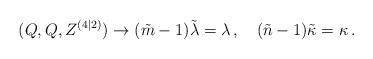
LaTeX: \begin{align*}(Q,Q,Z^{(4|2)}) \rightarrow (\tilde{m}-1) \tilde\lambda = \lambda\,,\quad (\tilde{n}-1) \tilde\kappa = \kappa\, .\end{align*}